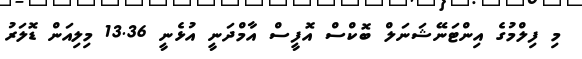
މި ފިލްމުގެ އިންޓަނޭޝަނަލް ބޮކްސް އޮފީސް އާމްދަނީ އުޅެނީ 13.36 މިލިއަން ޑޮލަރު